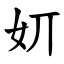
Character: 㚦